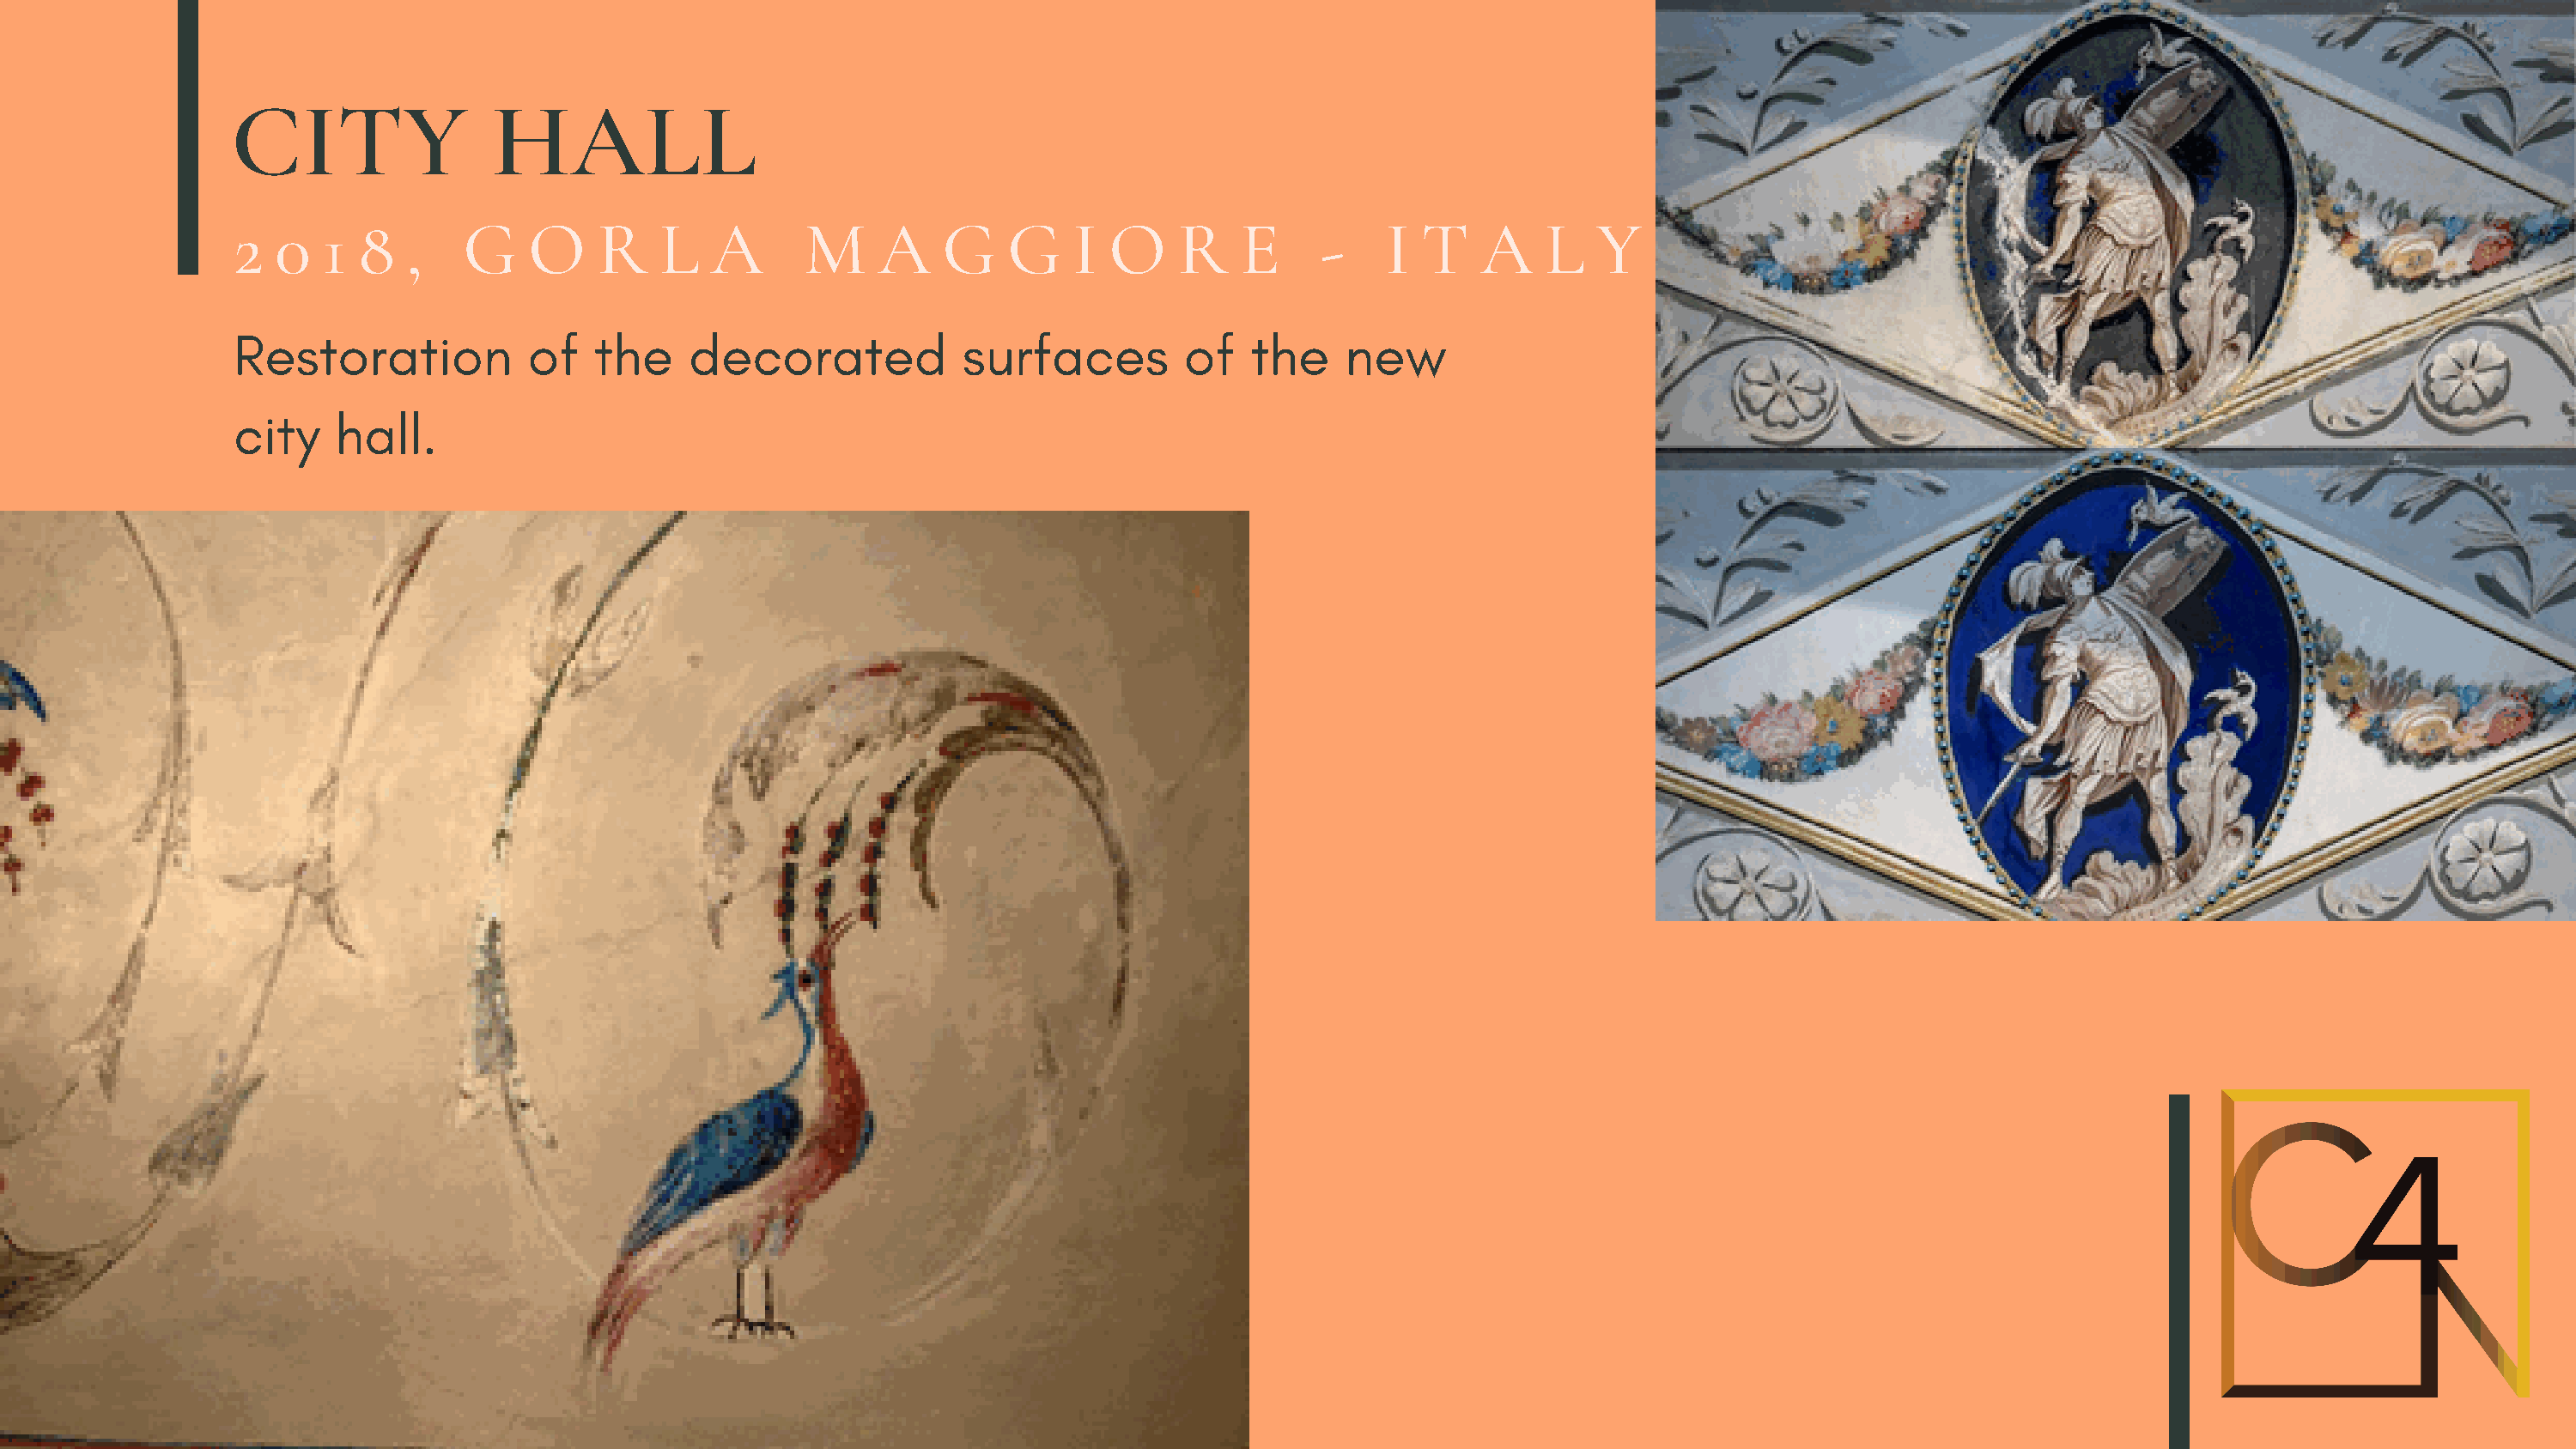
CITY                HALL
 2  0   1  8  ,    G    O    R    L   A      M     A    G    G    I O     R    E     -    I  T   A    L   Y
 Restoration            of   the    decorated            surfaces         of   the     new
 city    hall.